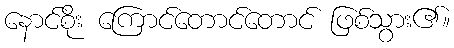
နောင်စိုး ကြောင်တောင်တောင် ဖြစ်သွား၏။